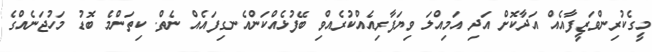
މީގެކުރިންވަޒީފާއެއް އަދާކޮށް އަދި އަމިއްލަ ވިޔަފާރިއެއްކުރެއްވި ބޭފުޅެއްކަންއެނގިފައެއް ނެތް. ކިތަންމެ ބޮޑު މަހުޖަނެއްގެ